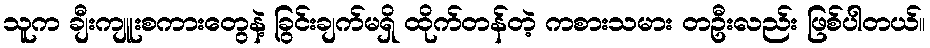
သူက ချီးကျူးစကားတွေနဲ့ ခြွင်းချက်မရှိ ထိုက်တန်တဲ့ ကစားသမား တဦးလည်း ဖြစ်ပါတယ်။